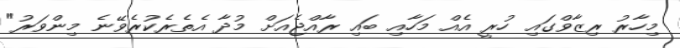
މިހާރު ރިޒާވްގައި ހުރީ އެއް މަހާއި ބައި ރާއްޖެއަށް މުދާ އެތެރެކުރެވޭނެ މިންވަރު"